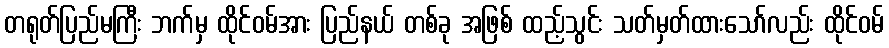
တရုတ်ပြည်မကြီး ဘက်မှ ထိုင်ဝမ်အား ပြည်နယ် တစ်ခု အဖြစ် ထည့်သွင်း သတ်မှတ်ထားသော်လည်း ထိုင်ဝမ်